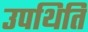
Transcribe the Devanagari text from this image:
उपथिति